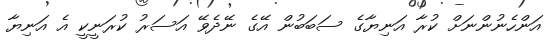
އަންހެނުންނަށް ކުރާ އަނިޔާގެ ސަބަބުން އޭގެ ނޭދެވޭ އަސަރު ކުރަނީކީ އެ އަނިޔާ